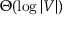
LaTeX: \Theta ( \log | V | )